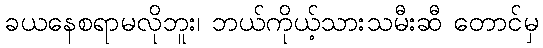
ခယနေစရာမလိုဘူး၊ ဘယ်ကိုယ့်သားသမီးဆီ တောင်မှ